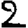
Digit: 2